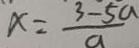
x = \frac { 3 - 5 a } { a }